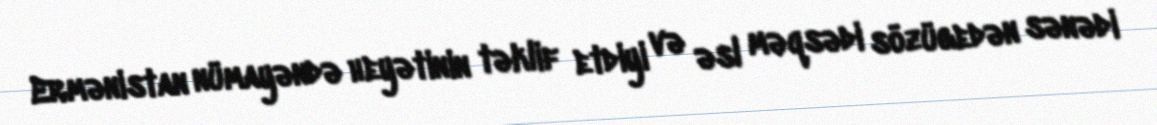
Ermənistan nümayəndə heyətinin təklif etdiyi və əsl məqsədi sözügedən sənədi